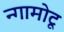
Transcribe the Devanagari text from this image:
न्गामोटू